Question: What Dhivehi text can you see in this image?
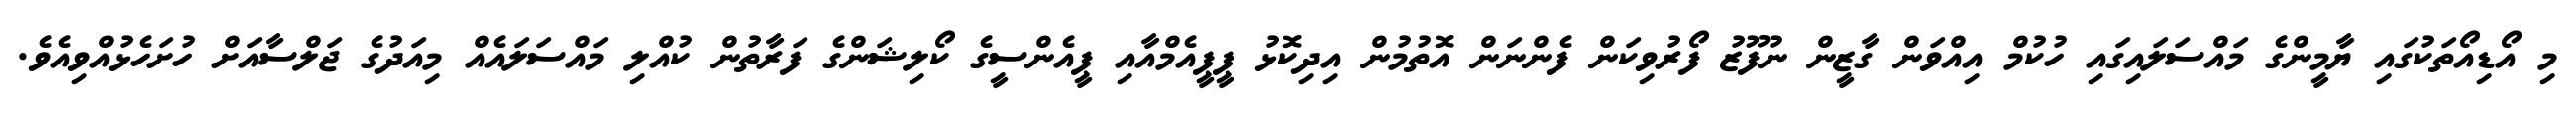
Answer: މި އޯޑިއޯތަކުގައި ޔާމީންގެ މައްސަލައިގައި ހުކުމް އިއްވަން ގާޒީން ނުފޫޒު ފޯރުވިކަން ފެންނަން އޮތުމުން އިދިކޮޅު ޕީޕީއެމްއާއި ޕީއެންސީގެ ކޯލިޝަންގެ ފަރާތުން ކުއްލި މައްސަލައެއް މިއަދުގެ ޖަލްސާއަށް ހުށަހެޅުއްވިއެވެ.